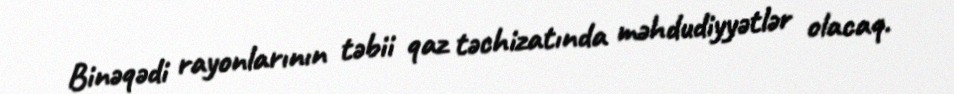
Binəqədi rayonlarının təbii qaz təchizatında məhdudiyyətlər olacaq.